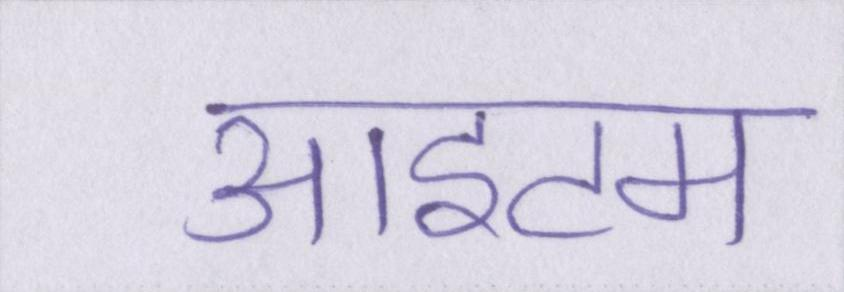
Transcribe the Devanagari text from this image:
आइटम